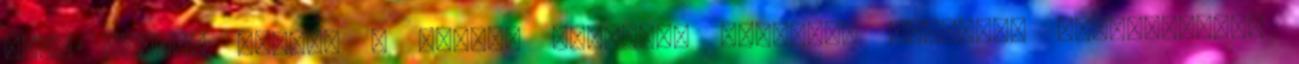
nagy csatát vívnak a dobogó legfelső fokáért. Vénkerék kategóriában